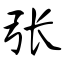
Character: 张